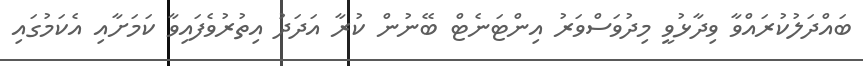
ބައްދަލުކުރައްވާ ވިދާޅުވީ މިދުވަސްވަރު އިންޓަނެޓް ބޭނުން ކުރާ އަދަދު އިތުރުވެފައިވާ ކަމަށާއި އެކަމުގައި